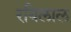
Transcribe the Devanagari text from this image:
रबिलाल